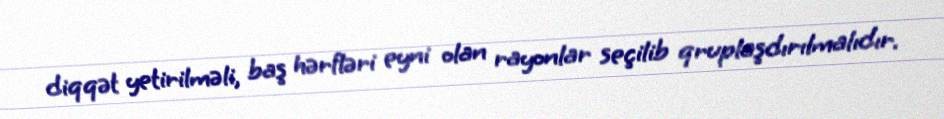
diqqət yetirilməli, baş hərfləri eyni olan rayonlar seçilib qruplaşdırılmalıdır.